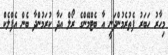
މިހާރު ހަބަރު ފެތުރެމުންދަނީ އާ ބެޓްމޭންގެ ރޯލް އަދާ ކުރަމުންދާ ބެން އެފްލެކް